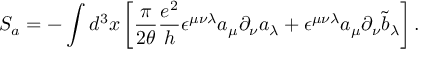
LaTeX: S _ { a } = - \int d ^ { 3 } x \left[ \frac { \pi } { 2 \theta } \frac { e ^ { 2 } } { h } \epsilon ^ { \mu \nu \lambda } a _ { \mu } \partial _ { \nu } a _ { \lambda } + \epsilon ^ { \mu \nu \lambda } a _ { \mu } \partial _ { \nu } { \tilde { b } } _ { \lambda } \right] .